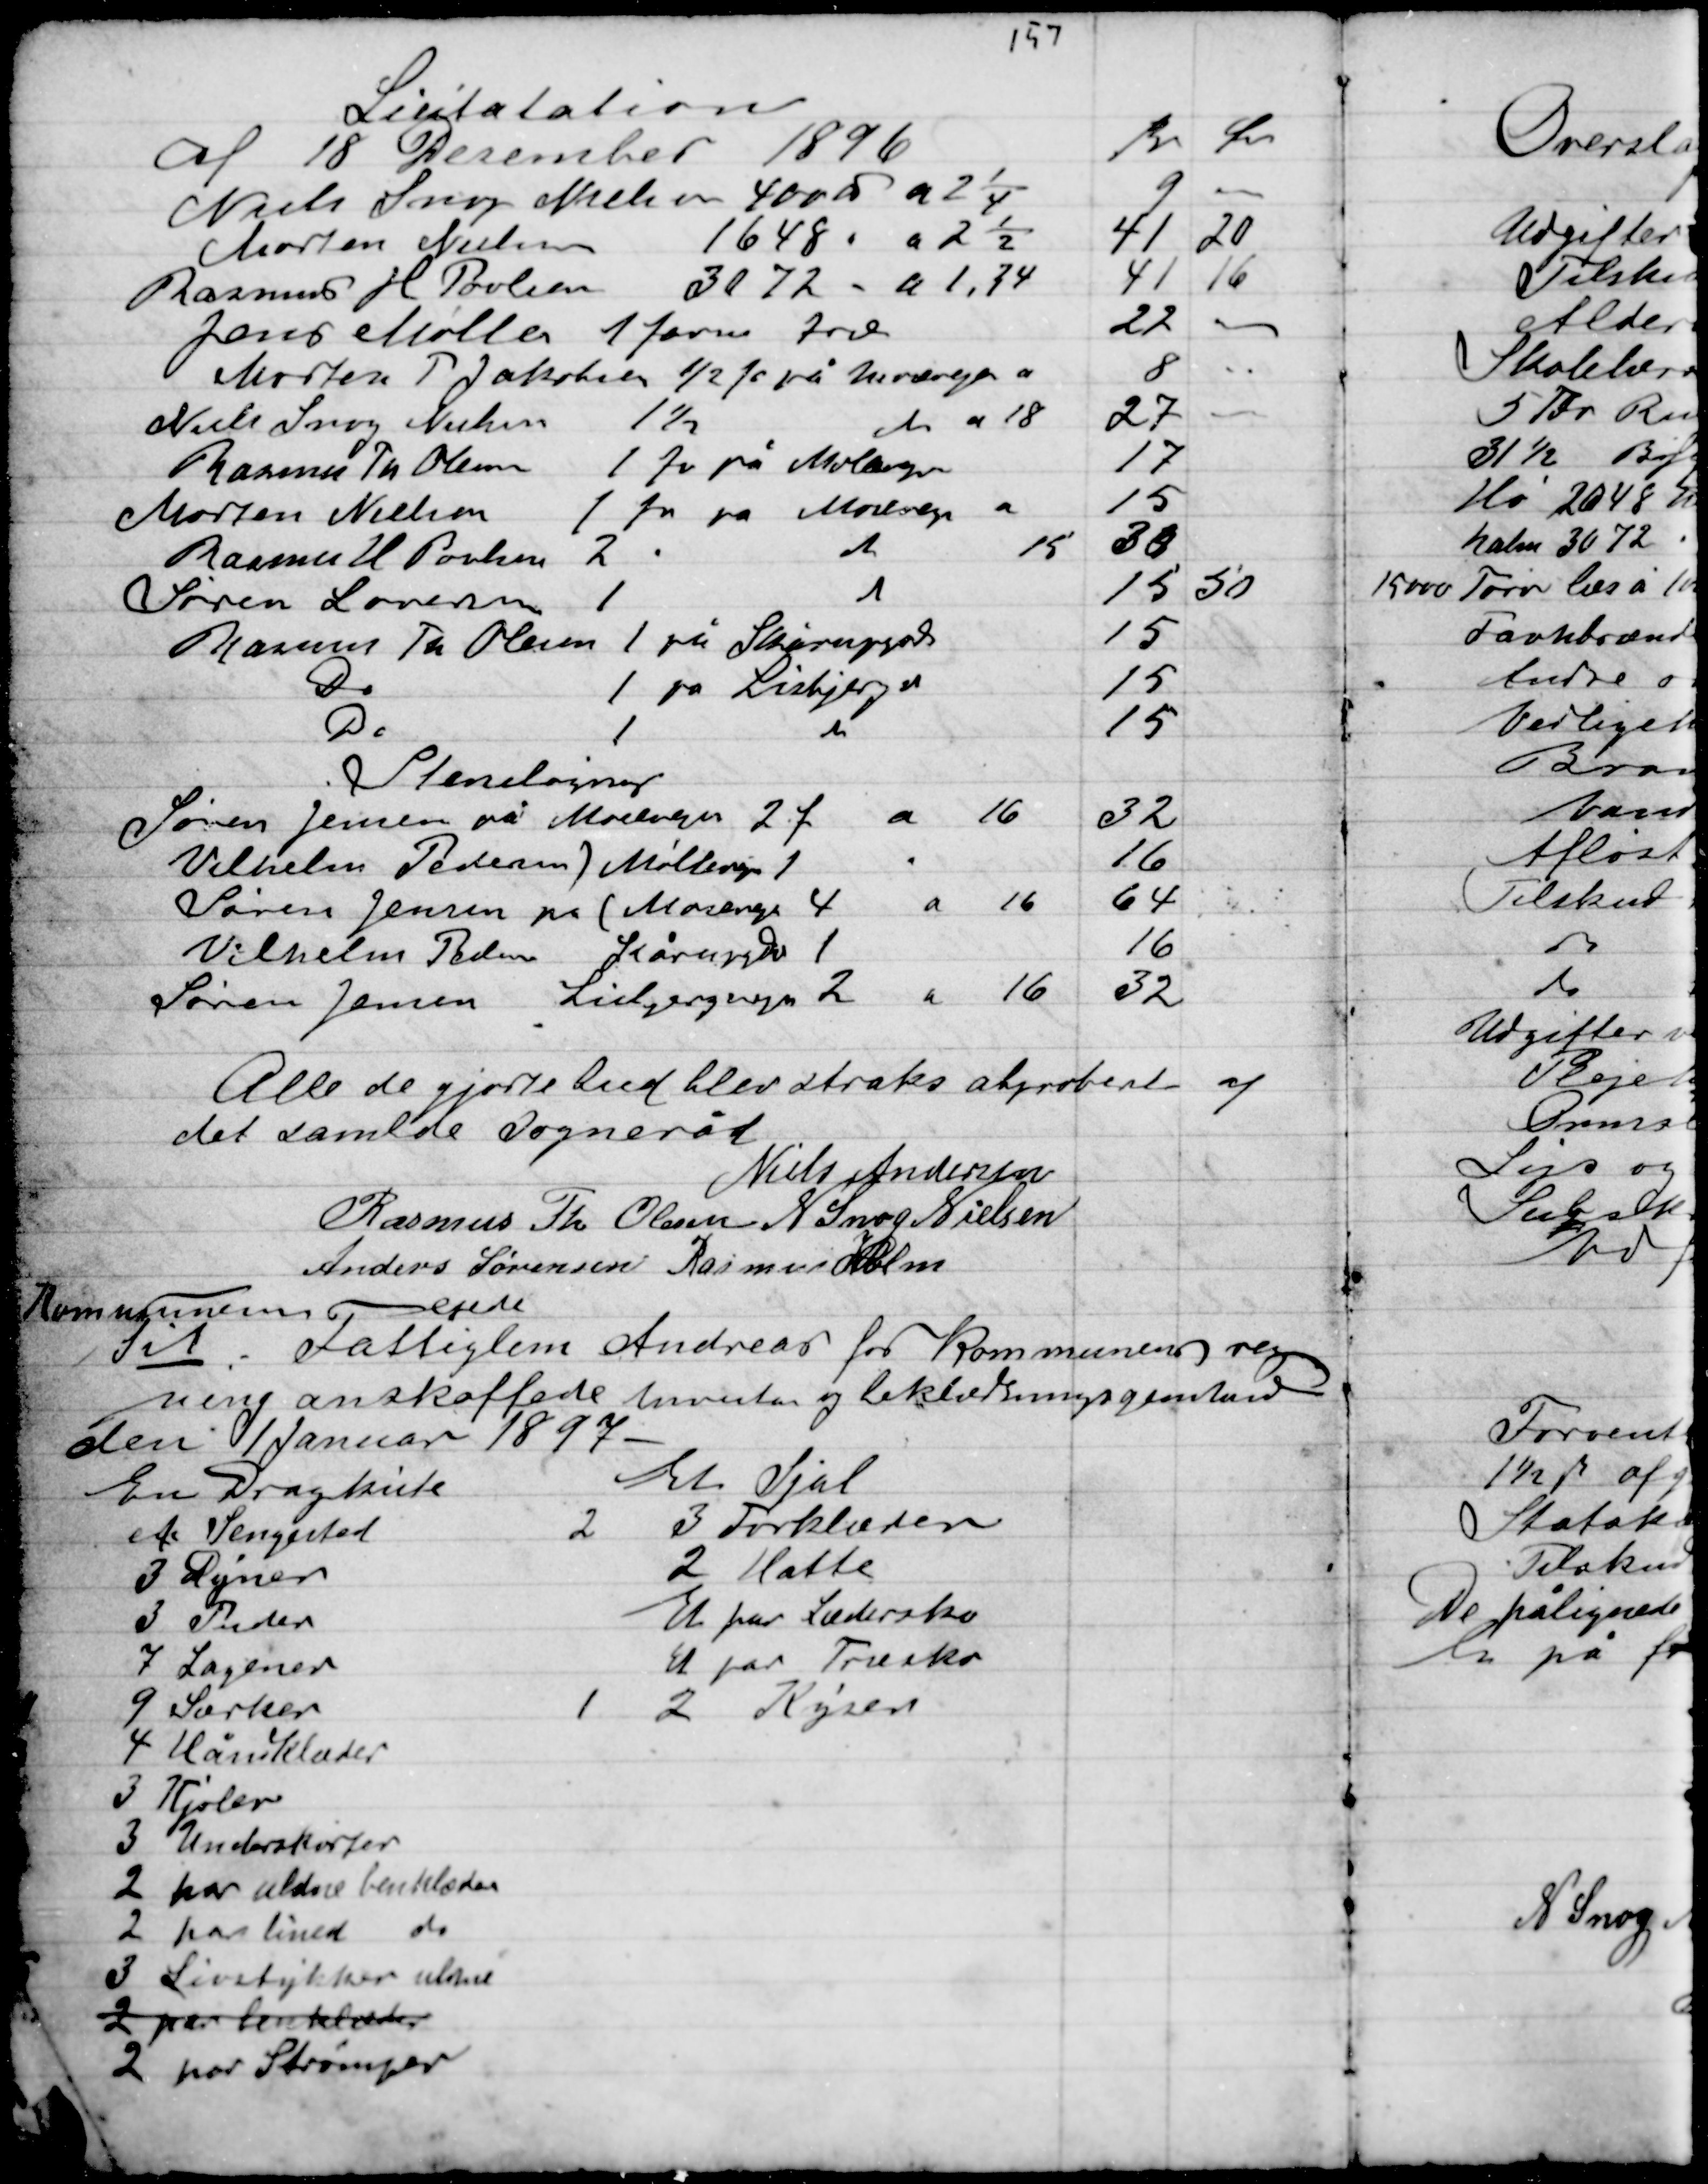
Transskription:
Alle de gjorte bud blev straks approberede af
det samlede Sogneråd

Niels Andersen
Rasmus Th. Olsen
N. Snog Nielsen
Anders Sørensen
Rasmus Holm

Kommunen erede
Til Fattiglem Andreas for kommunes reg-
ning anskaffede inventar og beklædningsgenstande
den 1 Januar 1897

En Dragkiste
Et Sengested	
3 Dyner
3 Puder
7 Lagner
9 Særker
4 Håndklæder
3 Kjoler
3 Underskirter
2 par uldne benklæder
2 par lined do
3 Livstykker uldne
2 par benklæder
2 par Strømper

Et Sjal
2 3 Forklæder
2 Hatte
Et par Lædersko
Et par Træsko
1 2 Kyser